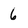
Character: 6